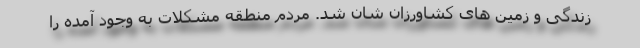
زندگی و زمین های کشاورزان شان شد. مردم منطقه مشکلات به وجود آمده را